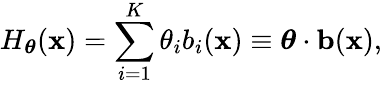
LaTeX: H_{\boldsymbol\theta}(\mathbf{x})=\sum_{i=1}^{K}\theta_{i}b_{i}(\mathbf{x})\equiv{\boldsymbol\theta}\cdot\mathbf{b}(\mathbf{x}),